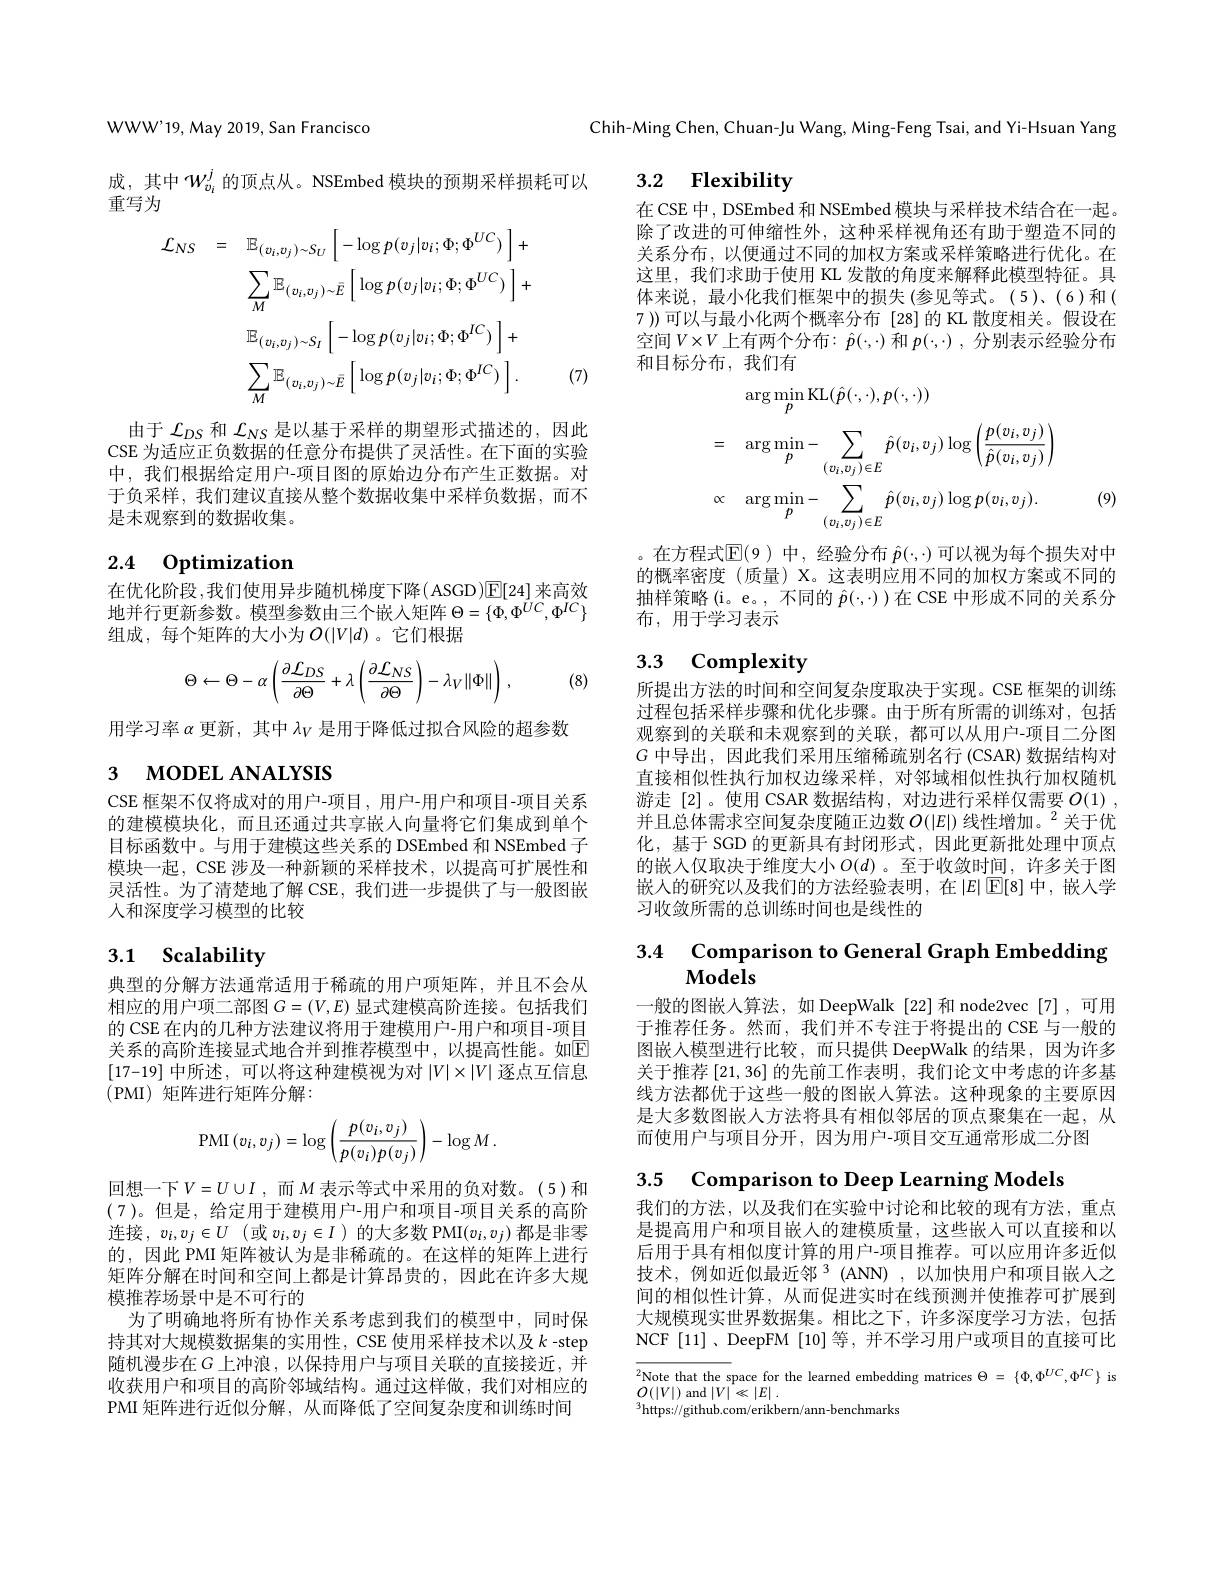
WWW'19, May 2019, San Francisco

成，其中$W_{v_i}^j$的顶点从。NSEmbed 模块的预期采样损耗可以
重写为
$$\begin{aligned}\mathcal{L}_{NS}&=\quad\mathbb{E}_{(v_{i},v_{j})\sim S_{U}}\left[-\log p(v_{j}|v_{i};\Phi;\Phi^{UC})\:\right]+\\&\sum_{M}\mathbb{E}_{(v_{i},v_{j})\sim\bar{E}}\left[\log p(v_{j}|v_{i};\Phi;\Phi^{UC})\:\right]+\\&\mathbb{E}_{(v_{i},v_{j})\sim S_{I}}\left[-\log p(v_{j}|v_{i};\Phi;\Phi^{IC})\:\right]+\\&\sum_{M}\mathbb{E}_{(v_{i},v_{j})\sim\bar{E}}\left[\log p(v_{j}|v_{i};\Phi;\Phi^{IC})\:\right].\end{aligned}$$
由于$\mathcal{L}_{DS}$和$\mathcal{L}_{NS}$是以基于采样的期望形式描述的，因此CSE 为适应正负数据的任意分布提供了灵活性。在下面的实验中，我们根据给定用户-项目图的原始边分布产生正数据。对于负采样，我们建议直接从整个数据收集中采样负数据，而不是未观察到的数据收集。

# 2.4 Optimization

在优化阶段，我们使用异步随机梯度下降( ASGD)$\boxed{\mathbb{E}}[24]$ 来高效地并行更新参数。模型参数由三个嵌人矩阵$\Theta=\{\Phi,\Phi^{UC},\Phi^{IC}\}$ 组成，每个矩阵的大小为$O(|V|d)$。它们根据
$$\Theta\leftarrow\Theta-\alpha\left(\frac{\partial\mathcal{L}_{DS}}{\partial\Theta}+\lambda\left(\frac{\partial\mathcal{L}_{NS}}{\partial\Theta}\right)-\lambda_{V}\|\Phi\|\right)\:,$$
用学习率$\alpha$更新，其中$\lambda_V$是用于降低过拟合风险的超参数

# 3 морЕL АNALYSIS

CSE 框架不仅将成对的用户-项目，用户-用户和项目-项目关系的建模模块化，而且还通过共享嵌入向量将它们集成到单个目标函数中。与用于建模这些关系的 DSEmbed 和 NSEmbed 子模块一起，CSE 涉及一种新颖的采样技术，以提高可扩展性和灵活性。为了清楚地了解 CSE, 我们进一步提供了与一般图嵌人和深度学习模型的比较

# 3.1 Scalability

典型的分解方法通常适用于稀疏的用户项矩阵，并且不会从相应的用户项二部图$G=(V,E)$显式建模高阶连接。包括我们的 CSE 在内的几种方法建议将用于建模用户-用户和项目-项目关系的高阶连接显式地合并到推荐模型中，以提高性能。如$\overline{\mathrm{E}}$ [17-19]中所述，可以将这种建模视为对$|V|\times|V|$逐点互信息(PMI)矩阵进行矩阵分解：
$$\mathrm{PMI}\left(v_i,v_j\right)=\log\left(\frac{p(v_i,v_j)}{p(v_i)p(v_j)}\right)-\log M\:.$$
回想一下$V=U\cup I$, 而$M$ 表示等式中采用的负对数。(5)和(7)。但是，给定用于建模用户-用户和项目-项目关系的高阶连接，$v_i, v_j\in U$ (或$v_i,v_j\in I)$ 的大多数 PMI$(v_i,v_j)$ 都是非零的，因此 PMI 矩阵被认为是非稀疏的。在这样的矩阵上进行矩阵分解在时间和空间上都是计算昂贵的，因此在许多大规模推荐场景中是不可行的
为了明确地将所有协作关系考虑到我们的模型中，同时保持其对大规模数据集的实用性，CSE 使用采样技术以及$k$ -step 随机漫步在$G$ 上冲浪，以保持用户与项目关联的直接接近，并收获用户和项目的高阶邻域结构。通过这样做，我们对相应的PMI 矩阵进行近似分解，从而降低了空间复杂度和训练时间

Chih-Ming Chen, Chuan-Ju Wang, Ming-Feng Tsai, and Yi-Hsuan Yang

## 3.2 Flexibility

在 CSE 中，DSEmbed 和 NSEmbed 模块与采样技术结合在一起。除了改进的可伸缩性外，这种采样视角还有助于塑造不同的关系分布，以便通过不同的加权方案或采样策略进行优化。在这里，我们求助于使用 KL 发散的角度来解释此模型特征。具体来说，最小化我们框架中的损失(参见等式。(5)、(6)和( 7 ))可以与最小化两个概率分布 [28]的 KL 散度相关。假设在空间$V\times V$上有两个分布：$\hat{p}(\cdot,\cdot)$ 和 $p(\cdot,\cdot)$, 分别表示经验分布和目标分布，我们有

(7)
$$\begin{aligned}&\arg\min_{p}\mathrm{KL}(\hat{p}(\cdot,\cdot),p(\cdot,\cdot))\\&=\quad\arg\min_{p}-\sum_{(v_{i},v_{j})\in E}\hat{p}(v_{i},v_{j})\log\left(\frac{p(v_{i},v_{j})}{\hat{p}(v_{i},v_{j})}\right)\\&\propto\quad\arg\min_{p}-\sum_{(v_{i},v_{j})\in E}\hat{p}(v_{i},v_{j})\log p(v_{i},v_{j}).\end{aligned}$$
(9)

。在方程式$\mathbb{E}(9)$中，经验分布$\hat{p}(\cdot,\cdot)$可以视为每个损失对中的概率密度(质量) X。这表明应用不同的加权方案或不同的抽样策略(i。e。,不同的$\hat{p}(\cdot,\cdot))$在 CSE 中形成不同的关系分布，用于学习表示

## 3.3 Complexity

(8)

所提出方法的时间和空间复杂度取决于实现。CSE 框架的训练过程包括采样步骤和优化步骤。由于所有所需的训练对，包括观察到的关联和未观察到的关联，都可以从用户-项目二分图$G$中导出，因此我们采用压缩稀疏别名行 (CSAR) 数据结构对直接相似性执行加权边缘采样，对邻域相似性执行加权随机游走[2]。使用 CSAR 数据结构，对边进行采样仅需要$O( 1)$ , 并且总体需求空间复杂度随正边数$O(|E|)\text{ 线性增加。}^2$关于优化，基于 SGD 的更新具有封闭形式，因此更新批处理中顶点的嵌人仅取决于维度大小$O(d)$ 。至于收敛时间，许多关于图嵌人的研究以及我们的方法经验表明，在$\left|E\right|\overline{\mathbb{E}}[8]$中，嵌入学习收敛所需的总训练时间也是线性的

## 3.4 Comparison to General Graph Embedding Models

一般的图嵌入算法，如 DeepWalk[22]和 node2vec[7],可用于推荐任务。然而，我们并不专注于将提出的 CSE 与一般的图嵌人模型进行比较，而只提供 DeepWalk 的结果，因为许多关于推荐[21,36]的先前工作表明，我们论文中考虑的许多基线方法都优于这些一般的图嵌入算法。这种现象的主要原因是大多数图嵌人方法将具有相似邻居的顶点聚集在一起，从而使用户与项目分开，因为用户-项目交互通常形成二分图

3.5 Comparison to Deep Learning Models

我们的方法，以及我们在实验中讨论和比较的现有方法，重点是提高用户和项目嵌人的建模质量，这些嵌入可以直接和以后用于具有相似度计算的用户-项目推荐。可以应用许多近似技术，例如近似最近邻$^3$(ANN),以加快用户和项目嵌入之间的相似性计算，从而促进实时在线预测并使推荐可扩展到大规模现实世界数据集。相比之下，许多深度学习方法，包括NCF[11]、DeepFM[10]等，并不学习用户或项目的直接可比

$\overline {{^2}\text{Note that the s}}$pace for the learned embedding matrices $\Theta = \{ \Phi , \Phi ^{UC}, \Phi ^{IC}\}$ is ${\mathcal{O}(|V|)\mathrm{~md~}|V|\leq|F|}$
$O(|V|)$ and $| V| \ll | E|$ .
$^{3}$https://github.com/erikbern/ann-benchmarks